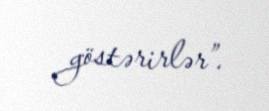
göstərirlər”.